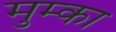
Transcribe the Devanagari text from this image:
मुम्का